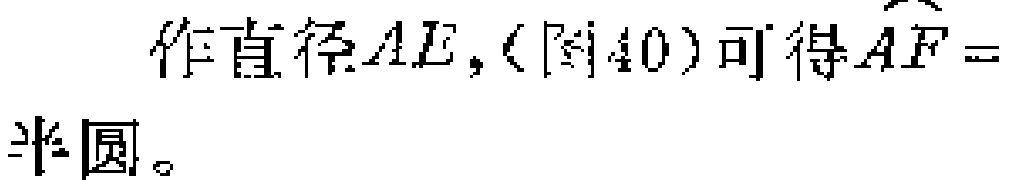
作直径\(AE\)，(图40)可得\(\overset{\frown}{AF} =\)半圆。